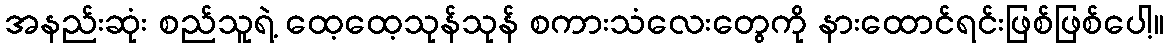
အနည်းဆုံး စည်သူရဲ့ ထေ့ထေ့သုန်သုန် စကားသံလေးတွေကို နားထောင်ရင်းဖြစ်ဖြစ်ပေါ့။